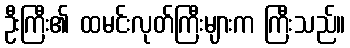
ဦးကြီး၏ ထမင်းလုတ်ကြီးများက ကြီးသည်။